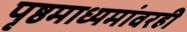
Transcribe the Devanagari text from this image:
पृष्ठमाध्यमांवरही